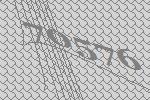
70576